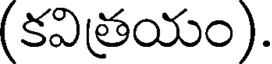
(కవిత్రయం).